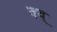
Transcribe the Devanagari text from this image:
क्व्